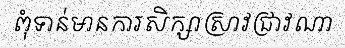
ពុំទាន់មានការសិក្សាស្រាវជ្រាវណា